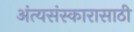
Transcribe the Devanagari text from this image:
अंत्यसंस्कारासाठी